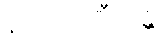
နိဿာရဏီယန္တိ